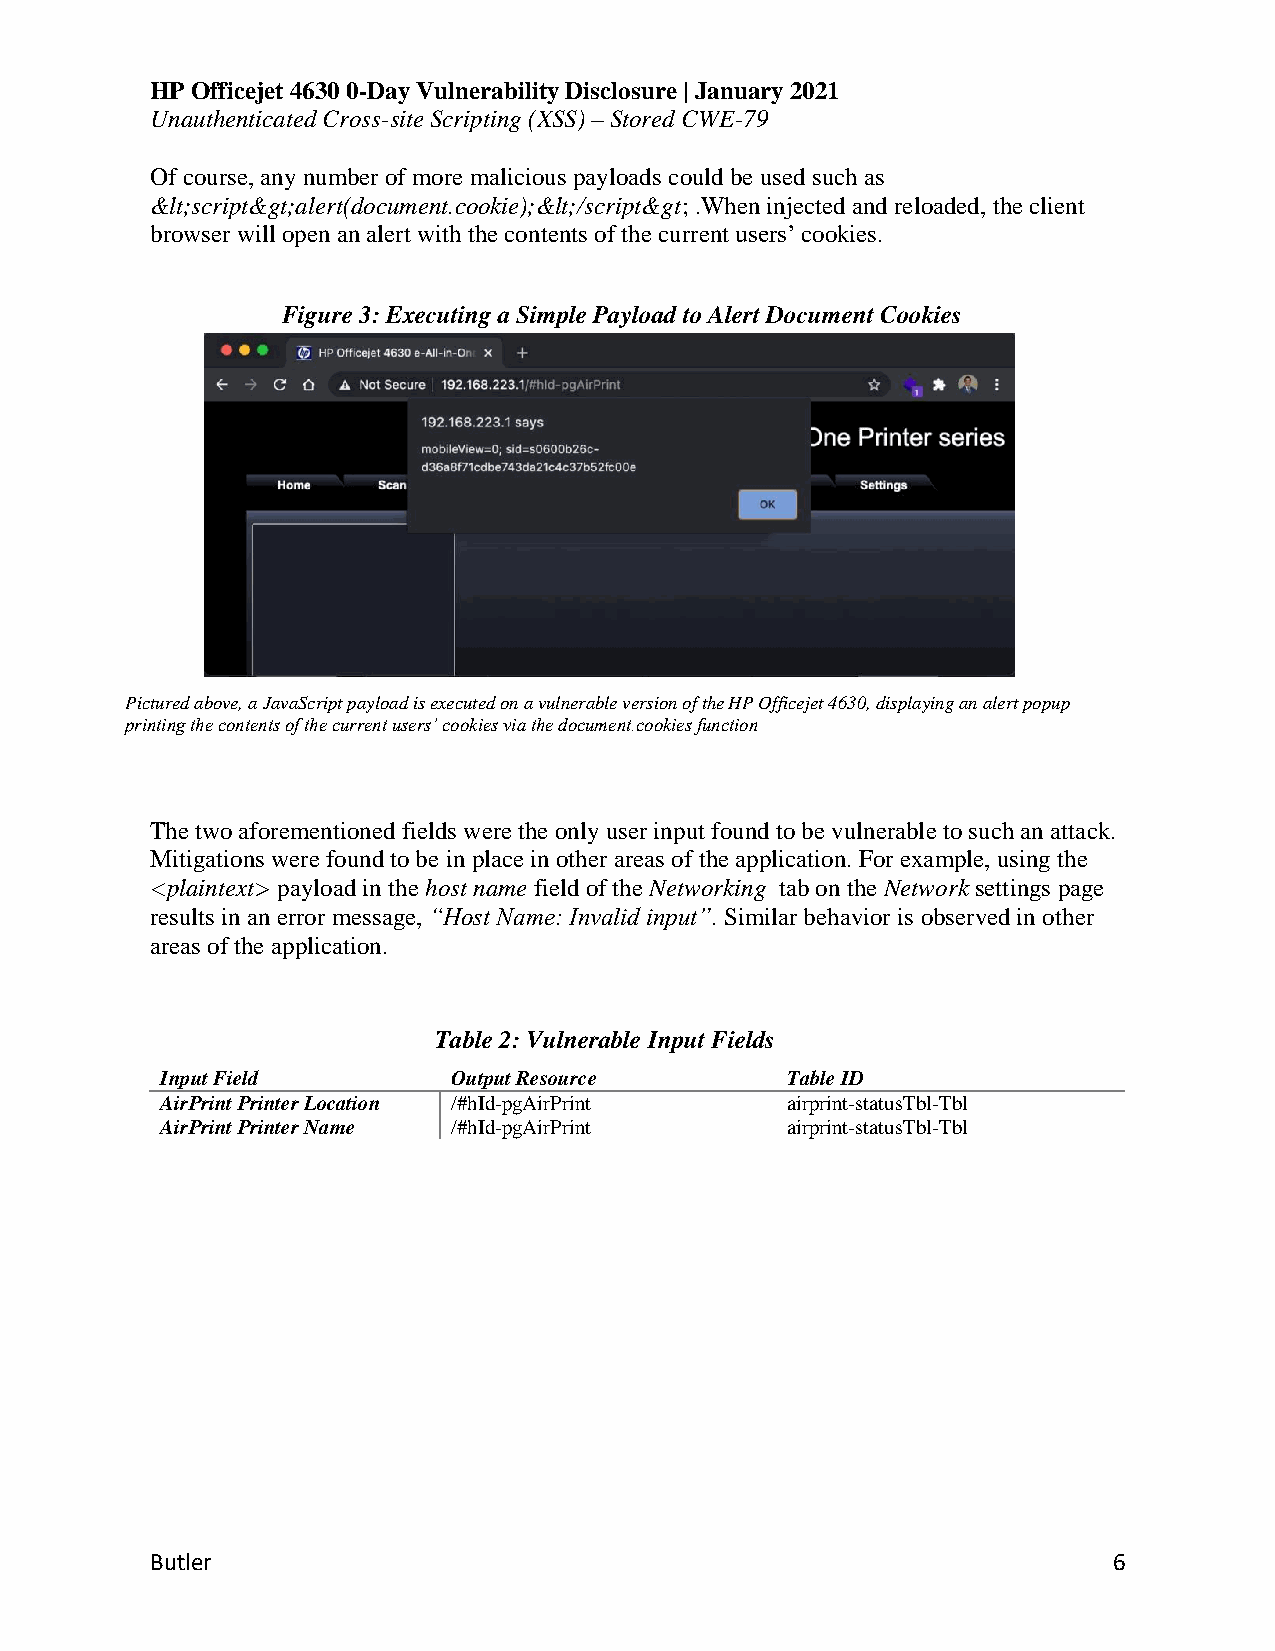
HP Officejet 4630 0-Day Vulnerability Disclosure | January 2021
 Unauthenticated Cross-site Scripting (XSS) – Stored CWE-79
 Of course, any number of more malicious payloads could be used such as
 &lt;script&gt;alert(document.cookie);&lt;/script&gt; .When injected and reloaded, the client
 browser will open an alert with the contents of the current users’ cookies.
 Figure 3: Executing a Simple Payload to Alert Document Cookies
 Pictured above, a JavaScript payload is executed on a vulnerable version of the HP Officejet 4630, displaying an alert popup
 printing the contents of the current users’ cookies via the document.cookies function
 The two aforementioned fields were the only user input found to be vulnerable to such an attack.
 Mitigations were found to be in place in other areas of the application. For example, using the
 <plaintext> payload in the host name field of the Networking tab on the Network settings page
 results in an error message, “Host Name: Invalid input”. Similar behavior is observed in other
 areas of the application.
 Table 2: Vulnerable Input Fields
 Input Field        Output Resource       Table ID
 AirPrint Printer Location /#hId-pgAirPrint airprint-statusTbl-Tbl
 AirPrint Printer Name /#hId-pgAirPrint   airprint-statusTbl-Tbl
 Butler                                                          6